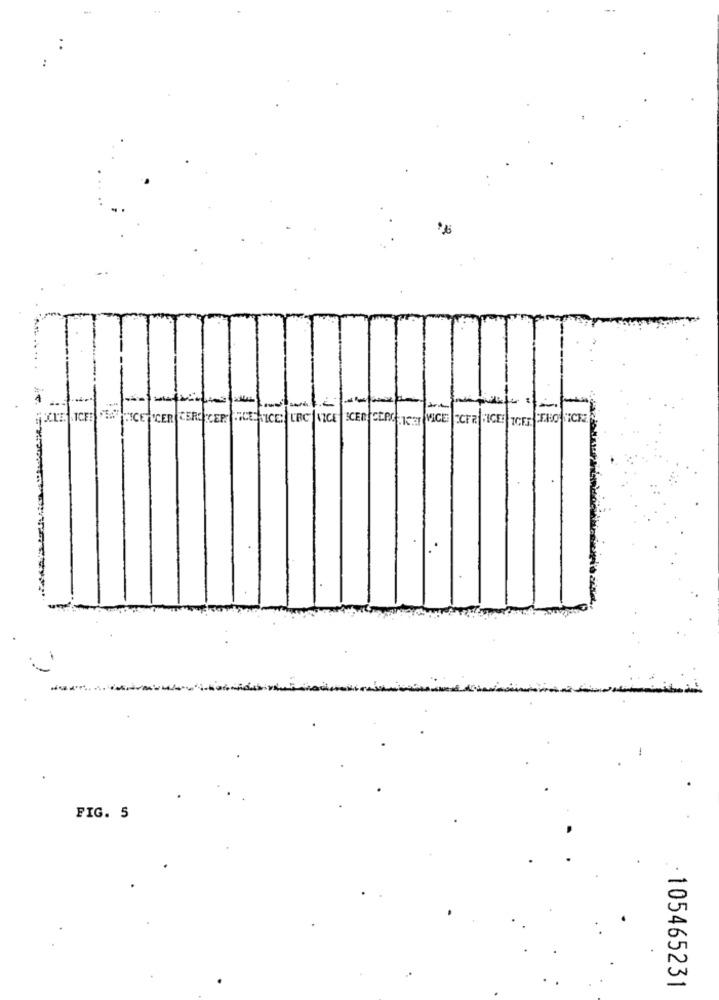
FIG. 5
105465231